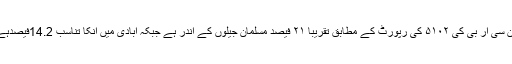
این سی آر بی کی ۵۱۰۲ کی رپورٹ کے مطابق تقریباً ۲۱ فیصد مسلمان جیلوں کے اندر ہے جبکہ آبادی میں انکا تناسب 14.2فیصدہے۔